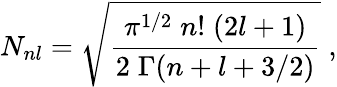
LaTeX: N_{nl}=\sqrt{\frac{\pi^{1/2}\; n!\; (2l+1)}{2\; \Gamma(n+l+3/2)}}\; ,